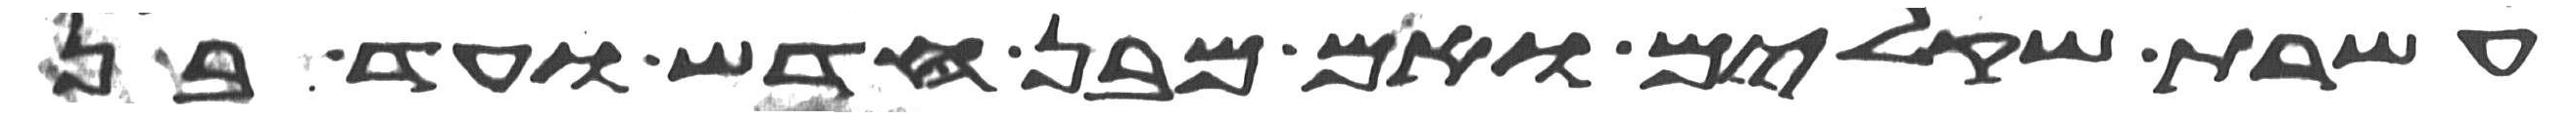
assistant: עשרת שקלים ואם מבן חדש ועד בן